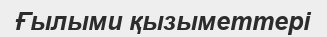
Ғылыми қызыметтері